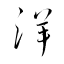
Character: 洋